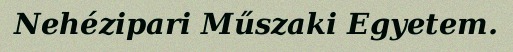
Nehézipari Műszaki Egyetem.